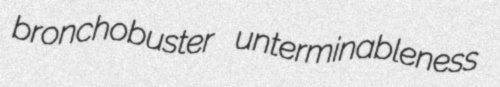
bronchobuster unterminableness